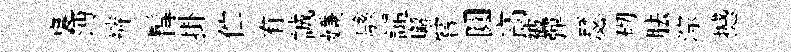
裏沔裤髯掛伫有誠嫌駭譴嶰嘗圓高被彈瑟砌胠淙撼